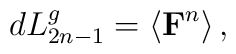
dL_{2n-1}^{g}=\left\langle \mbox{{\bf F}}^{n}\right\rangle ,